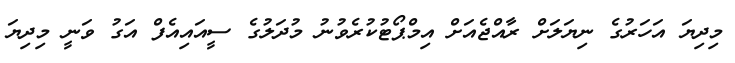
މިދިޔަ އަހަރުގެ ނިޔަލަށް ރާއްޖެއަށް އިމްޕޯޓުކުރެވުނު މުދަލުގެ ސީއައިއެފް އަގު ވަނީ މިދިޔަ